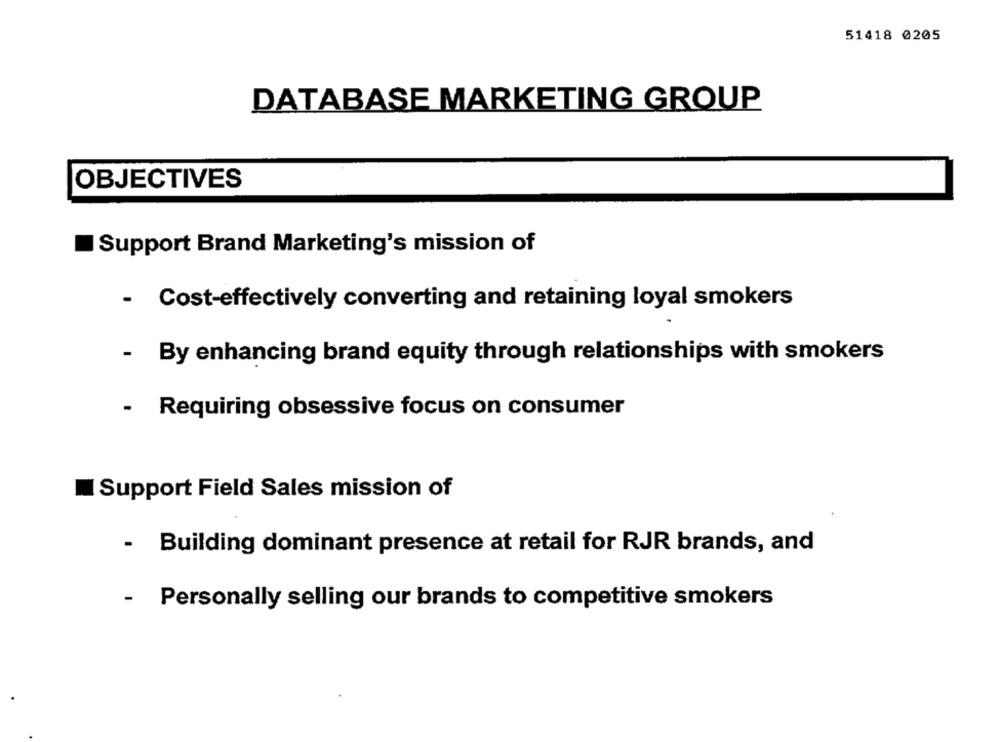
51418 0205
DATABASE MARKETING GROUP
OBJECTIVES
Support Brand Marketing's mission of
- Cost-effectively converting and retaining loyal smokers
- By enhancing brand equity through relationships with smokers
- Requiring obsessive focus on consumer
Support Field Sales mission of
-
Building dominant presence at retail for RJR brands, and
- Personally selling our brands to competitive smokers